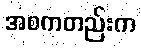
အစကတည်းက